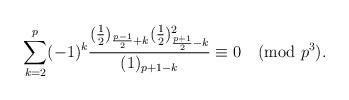
LaTeX: \begin{align*} \sum_{k=2}^{p} (-1)^k \frac{(\frac{1}{2})_{\frac{p-1}{2} + k} (\frac{1}{2})_{\frac{p+1}{2} - k}^2}{(1)_{p+1-k}} \equiv 0 \pmod{p^3}.\end{align*}